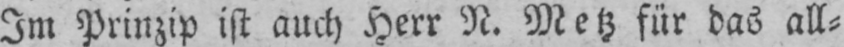
Im Prinzip ist auch Herr N. Metz für das all⸗